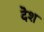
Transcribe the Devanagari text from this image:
दॆश